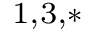
{ } ^ { 1 , 3 , * }